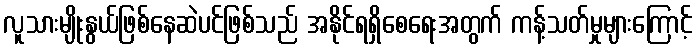
လူသားမျိုးနွယ်ဖြစ်နေဆဲပင်ဖြစ်သည် အနိုင်ရရှိစေရေးအတွက် ကန့်သတ်မှုများကြောင့်